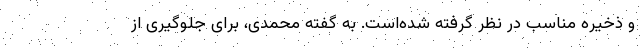
و ذخیره مناسب در نظر گرفته شده‌است. به گفته محمدی، برای جلوگیری از